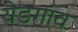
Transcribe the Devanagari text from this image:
येडगांव